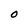
Character: o